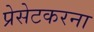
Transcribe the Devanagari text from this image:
प्रेसेटकरना